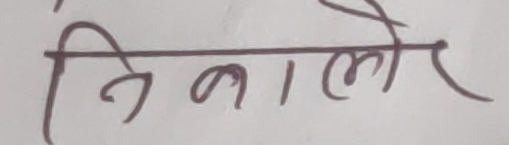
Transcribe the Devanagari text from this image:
निकालेर